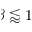
\beta \lessapprox 1